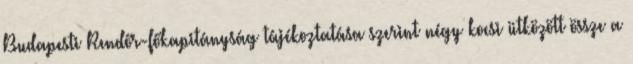
Budapesti Rendőr-főkapitányság tájékoztatása szerint négy kocsi ütközött össze a